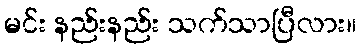
မင်း နည်းနည်း သက်သာပြီလား။